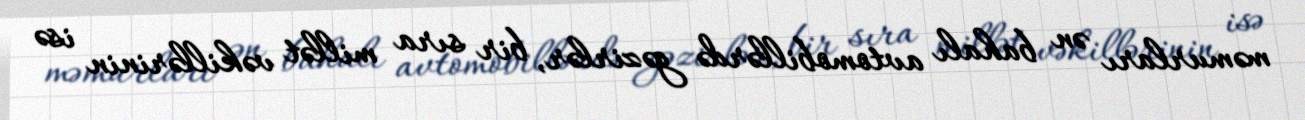
məmurları ən bahalı avtomobillərdə gəzirlər, bir sıra millət vəkillərinin isə